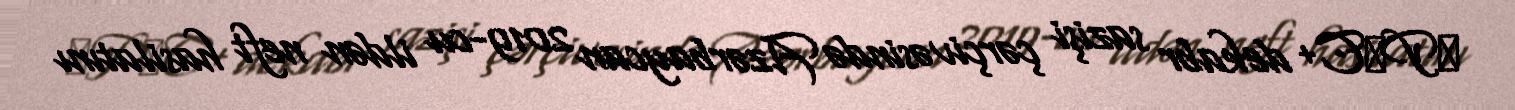
ОPЕC+ dekabr sazişi çərçivəsində Azərbaycan 2019-cu ildən neft hasilatını